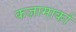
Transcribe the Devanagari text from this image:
कज़ामार्का